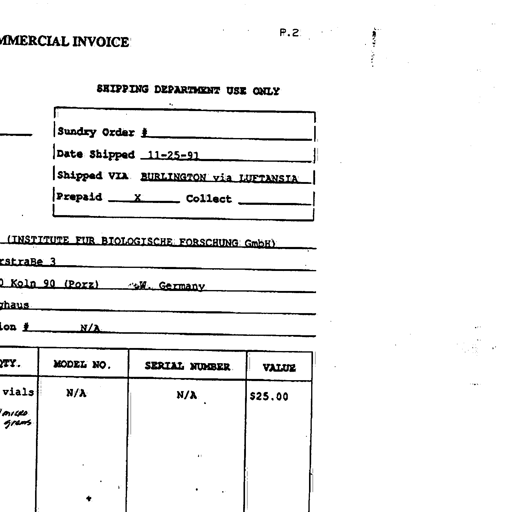
COMMERCIAL INVOICE
P. 2
SHIPPING DEPARTMENT USE ONLY
Sundry Order #
Date Shipped 11-25-91
Shipped VIA BURLINGTON via LUFTHANSA
Prepaid X Collect
(INSTITUTE FUR BIOLOGISCHE FORSCHUNG GmbH)
straße 3
0 Koln 90 (Porz) W. Germany
haus
ion # N/A
QTY. MODEL NO. SERIAL NUMBER VALUE
vials N/A N/A $25.00
micro grams